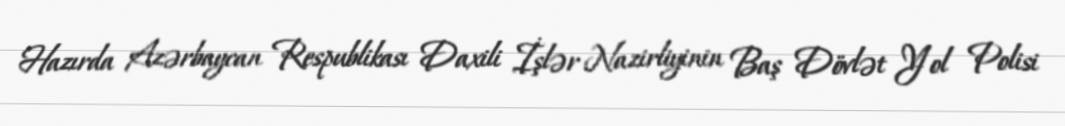
Hazırda Azərbaycan Respublikası Daxili İşlər Nazirliyinin Baş Dövlət Yol Polisi